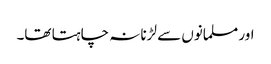
اور مسلمانوں سے لڑنا نہ چاہتا تھا۔